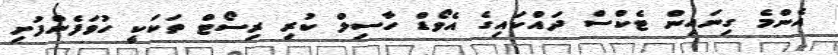
އެންމެ ގިނައިން ޓެކްސް ދައްކައިގެ އެވޯޑް ހާސިލް ކުރި ރިސޯޓް ތަކަކީ ހުވަފެންފުށި